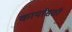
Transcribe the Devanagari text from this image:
कार्यासठी